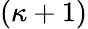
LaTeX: (\kappa+1)